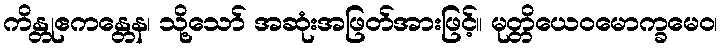
ကိန္တုဧကန္တေန၊ သို့သော် အဆုံးအဖြတ်အားဖြင့်။ မုတ္တိယေဝမောက္ခမေဝ၊